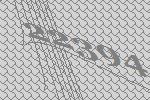
22394